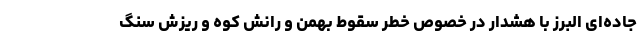
جاده‌ای البرز با هشدار در خصوص خطر سقوط بهمن و رانش کوه و ریزش سنگ